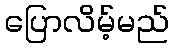
ပြောလိမ့်မည်